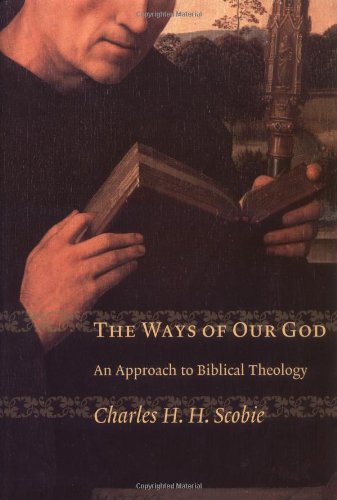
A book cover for The Ways of Our God: An Approach to Biblical Theology; Charles H. H. Scobie; Christian Books & Bibles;